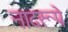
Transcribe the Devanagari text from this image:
नादरूपे